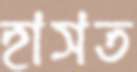
হাসত